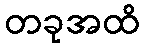
တခုအထိ